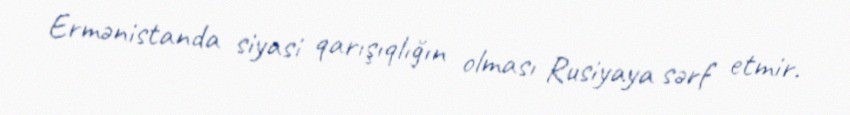
Ermənistanda siyasi qarışıqlığın olması Rusiyaya sərf etmir.